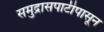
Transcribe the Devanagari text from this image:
समुद्रासपाटीपासून